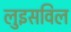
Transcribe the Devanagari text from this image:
लुइसविल